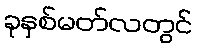
ခုနှစ်မတ်လတွင်